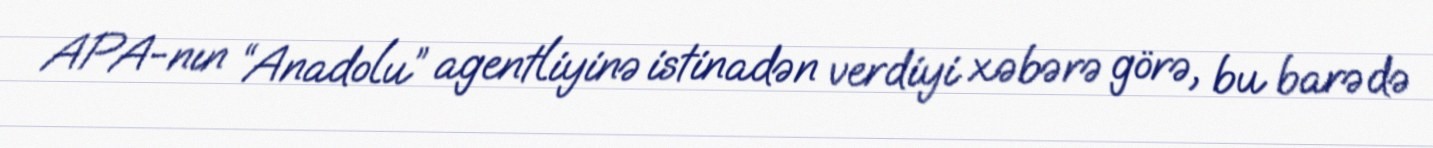
APA-nın “Anadolu” agentliyinə istinadən verdiyi xəbərə görə, bu barədə